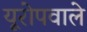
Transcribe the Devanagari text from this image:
यूरोपवाले